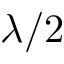
\lambda / 2